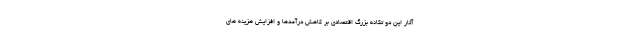
آثار این دو تکانه بزرگ اقتصادی بر کاهش درآمدها و افزایش هزینه های